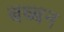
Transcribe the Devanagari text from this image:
बब्‍बन